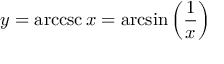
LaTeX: y = \operatorname { a r c c s c } x = \arcsin \left( { \frac { 1 } { x } } \right)